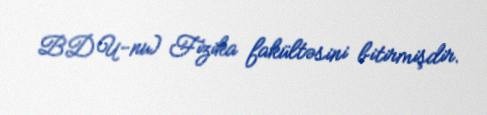
BDU-nu) Fizika fakültəsini bitirmişdir.